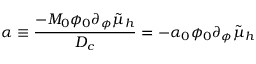
\alpha \equiv \frac { - M _ { 0 } \phi _ { 0 } \partial _ { \phi } \tilde { \mu } _ { h } } { D _ { c } } = - \alpha _ { 0 } \phi _ { 0 } \partial _ { \phi } \tilde { \mu } _ { h }